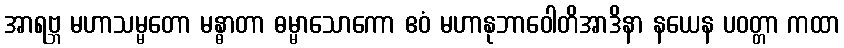
အာရဗ္ဘ မဟာသမ္မတော မန္ဓာတာ ဓမ္မာသောကော ဧဝံ မဟာနုဘာဝေါတိအာဒိနာ နယေန ပဝတ္တာ ကထာ